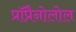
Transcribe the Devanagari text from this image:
प्रॉप्रैनोलोल